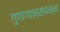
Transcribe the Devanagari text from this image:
गुणगानसंपन्न